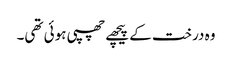
وہ درخت کے پیچھے چھپی ہوئی تھی۔